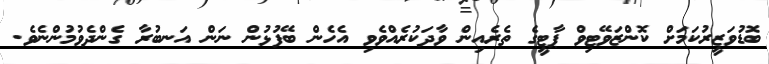
ބޮޑުވަޒީރުކަމަށް ކޮންޒަވޭޓިވް ޕާޓީގެ ތެރެއިން ވާދަކުރެއްވެވި އެހެން ބޭފުޅުން ނަން އަނބުރާ ގެންދެވުމުންނެވެ.